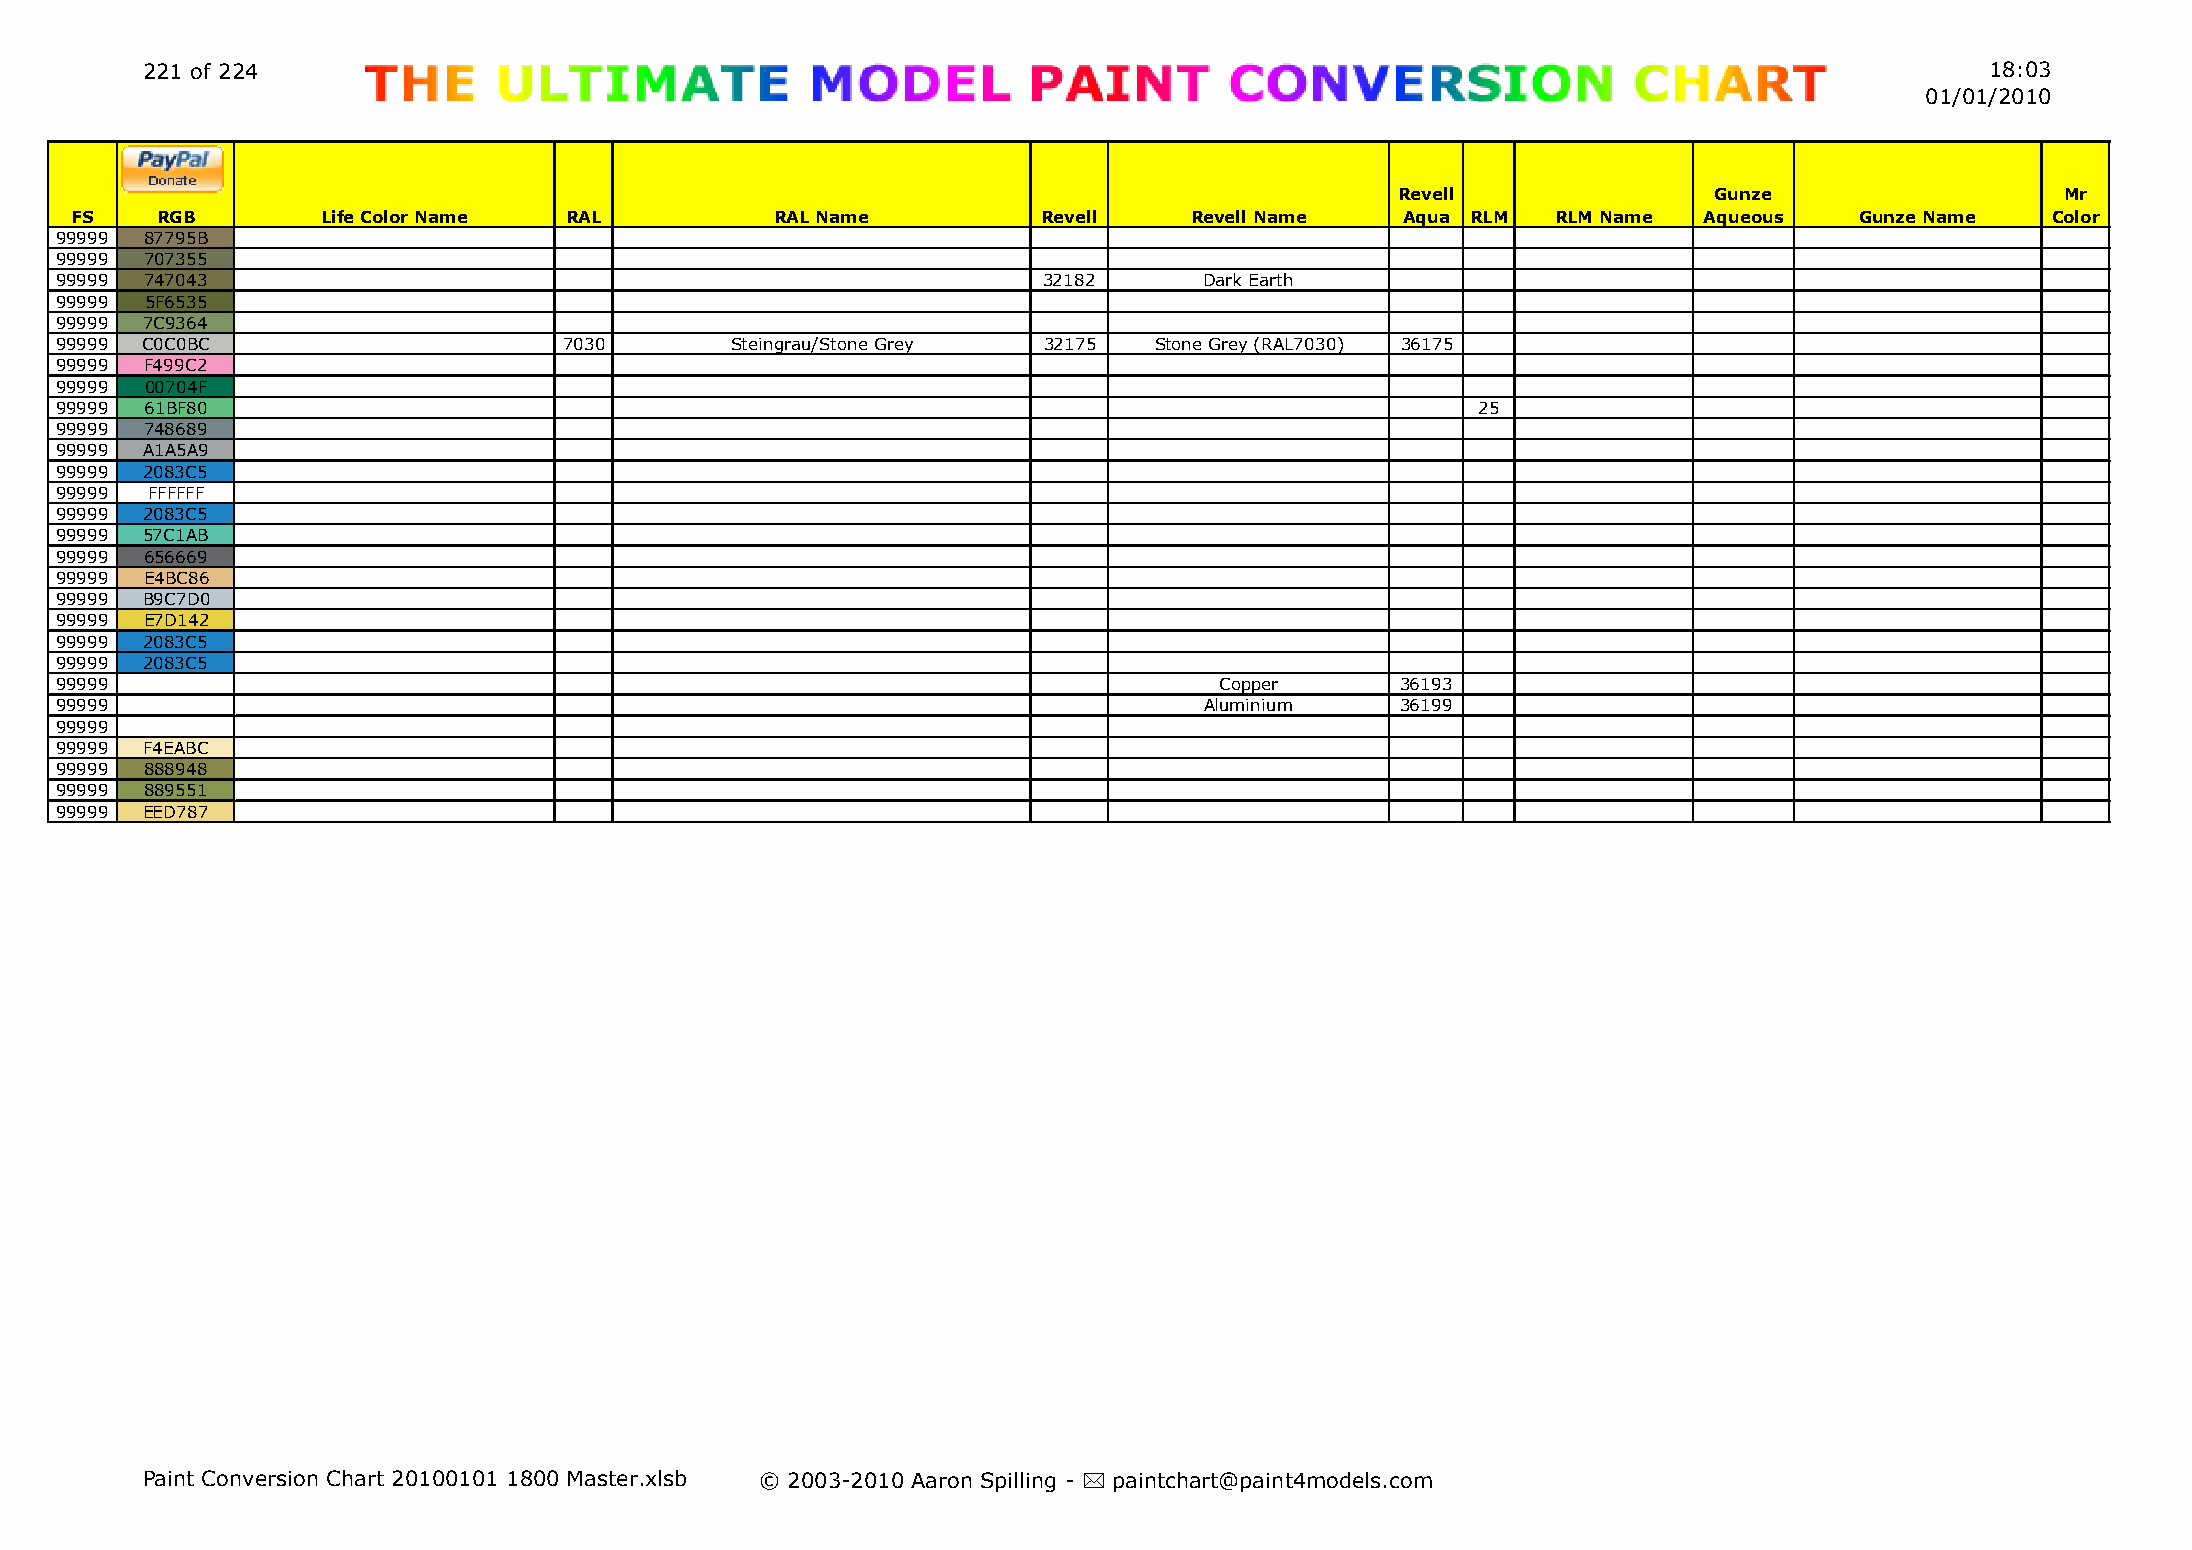
221 of 224                                                                                                                 18:03
 01/01/2010
 Revell              Gunze                   Mr
 FS   RGB        Life Color Name RAL           RAL Name          Revell    Revell Name   Aqua RLM  RLM Name  Aqueous   Gunze Name   Color
 99999 87795B
 99999 707355
 99999 747043                                                     32182      Dark Earth
 99999 5F6535
 99999 7C9364
 99999 C0C0BC                     7030       Steingrau/Stone Grey 32175  Stone Grey (RAL7030) 36175
 99999 F499C2
 99999 00704F
 99999 61BF80                                                                                  25
 99999 748689
 99999 A1A5A9
 99999 2083C5
 99999 FFFFFF
 99999 2083C5
 99999 57C1AB
 99999 656669
 99999 E4BC86
 99999 B9C7D0
 99999 E7D142
 99999 2083C5
 99999 2083C5
 99999                                                                        Copper      36193
 99999                                                                       Aluminium    36199
 99999
 99999 F4EABC
 99999 888948
 99999 889551
 99999 EED787
 Paint Conversion Chart 20100101 1800 Master.xlsb © 2003-2010 Aaron Spilling - * paintchart@paint4models.com